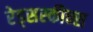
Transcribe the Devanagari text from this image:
रेड्सस्कीन्स